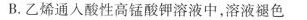
B.乙烯通入酸性高锰酸钾溶液中，溶液褪色